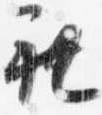
礼